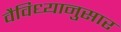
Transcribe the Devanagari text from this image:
वैविध्यानुसार